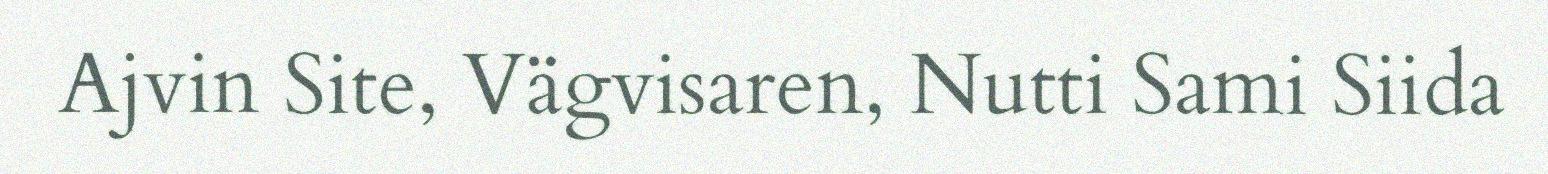
Ajvin Site, Vägvisaren, Nutti Sami Siida